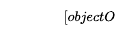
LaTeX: \sqrt[[objectObject]]{{~}^{~}}